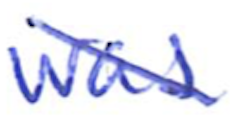
Text: was
Cross-out: diagonal
Writing tool: ballpoint